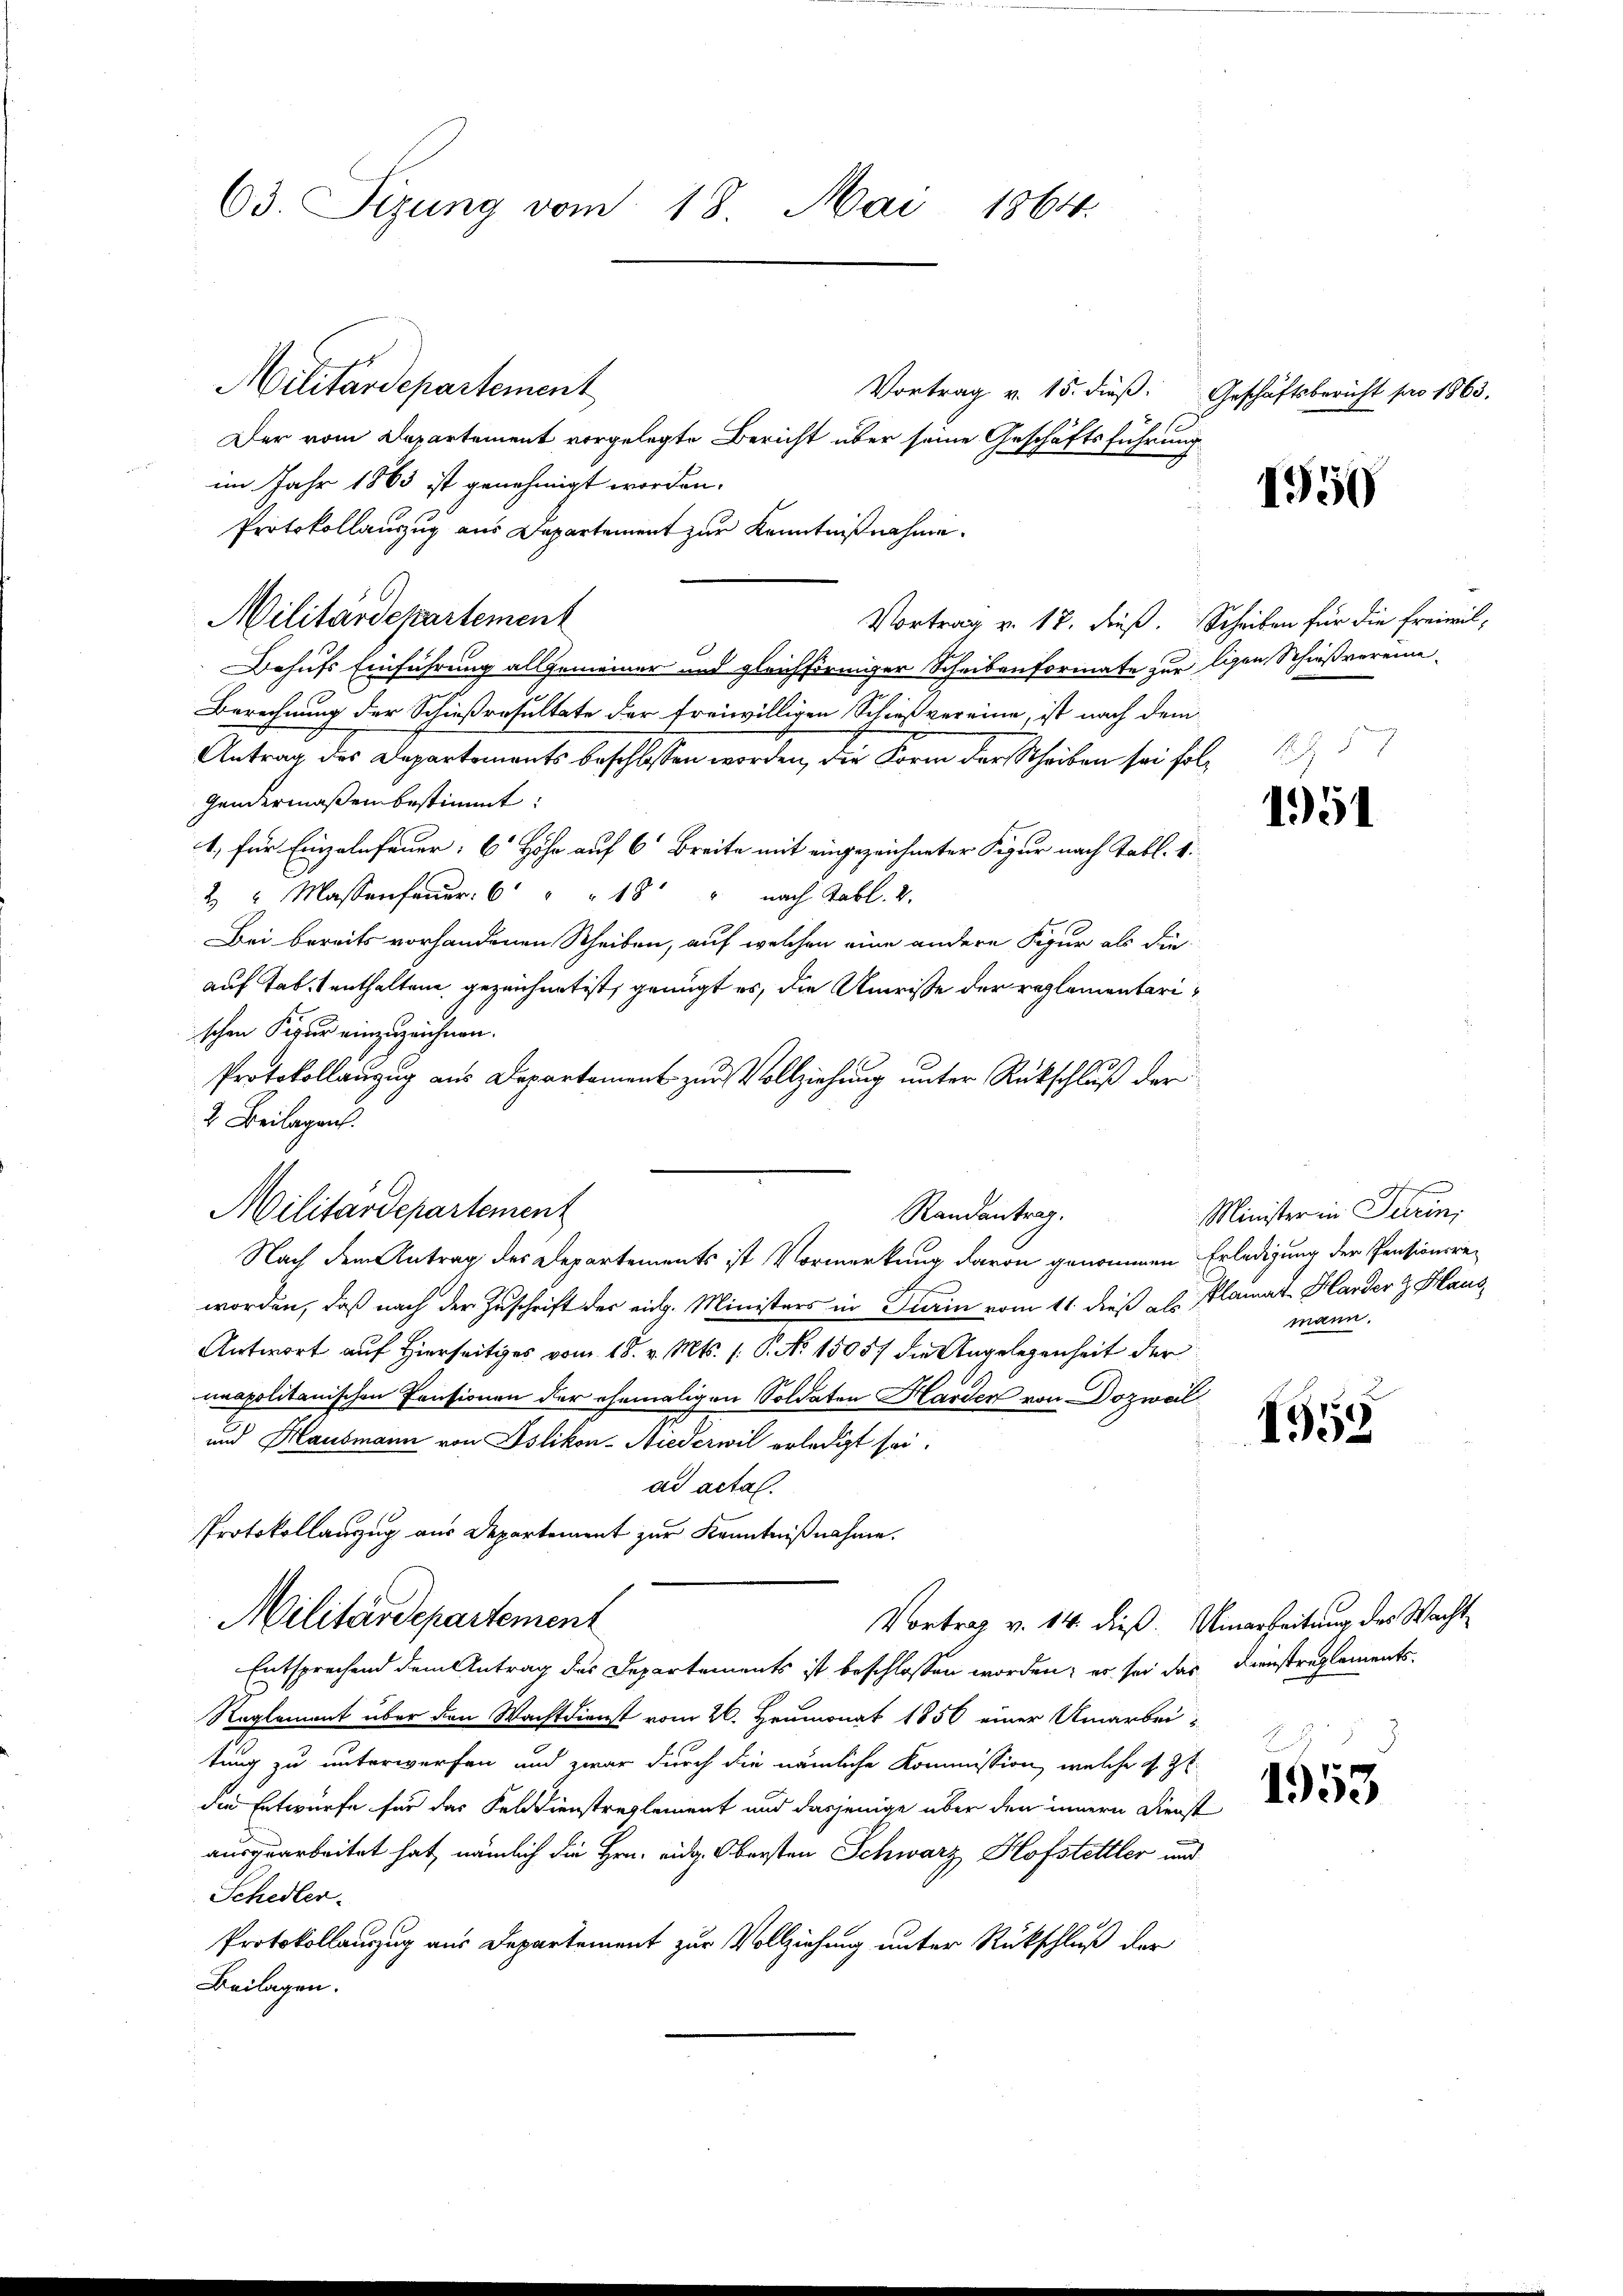
63. Sizung vom 18. Mai 1864.

Militärdepartement
Vortrag v. 15. dieß.
Der vom Departement vorgelegte Bericht über seine Geschäftsführung
im Jahr 1863 ist genehmigt worden.
Protokollauszug aus Departement zur Kenntnißnahme.
Vortrag v. 17. dieß. Scheiben für die Freiwil¬
Dahufs Einführung allgemeiner und gleichförmiger Scheibenformate zur ligen Schießvereine
Berechnung der Schießresultate der freiwilligen Schießvereine, ist nach dem
Antrag des Departements beschlossen worden, die Form der Scheiben sei fol¬
Gandermaßen bestimmt:
1. für Einzelnfeuer: 6 Höhe auf 6 Breite mit eingezeichneter Figur nach Tabl. 1.
2 " Massenfeuer 6 " " 18 " nach Tabl. 2.
Bei bereits vorhandenen Scheiben, auf welchen eine andere Figur als die
auf Tab. enthaltene gezeichnet ist, genügt es, die Umrisse der reglementarischen Figur einzuzeichnen.
Protokollauzug aus Departement zur Vollziehung unter Rückschluß der
2. Beilagen.
Militärdepartement
Nach dem Antrag des Departements ist Vormerkung davon genommen Erledigung der Pensionsreworden, daß nach der Zuschrift der eidg. Ministers in Turin vom 11. dieß als Plamat. Harder z. Haus
Antwort auf Hierseitiges vom 18. v. Mts. 1. P. No. 15057 die Angelegenheit der
unapolitanischen Consionen der ehemaligen Soldaten Harden von Dozweil
und Hausmann von Islikon-Niederwil erledigt sei.
ad actal.
Protokollauszug aus Departement zur Kenntnißnahme.
Militärdepartement
Vortrag v. 14. dieß. Uinarbeitung des Wacht
Entsprechend dem Antrag des Departements ist beschlossen worden; er sei das Dienstreglements-
Reglement über den Wachtdienst vom 26. Heumonat 1850 einer Umarbei-
tung zu unterwerfen und zwar durch die nämliche Kommission, welche z. Zt.
die Entwurfe für das Felddienstreglement und dasjenige über den innern Dienst
ausgearbeitet hat, nämlich die Hrn. eidg. Obersten Schwarz Hofstettler und
Schedler.
Protokollauszug aus Departement zur Vollziehung unter Rückschluß der
Beilagen.

Militärdepartement

Randantrag.

Geschäftsbericht pro 1863.

1950

1951

Af
Minister in Turin,
mann.

1559

1953